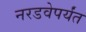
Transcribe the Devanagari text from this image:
नरडवेपर्यंत